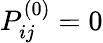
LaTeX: P_{ij}^{(0)}=0